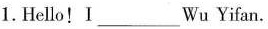
1.Hello！I___Wu Yifan.